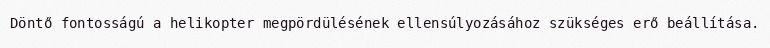
Döntő fontosságú a helikopter megpördülésének ellensúlyozásához szükséges erő beállítása.